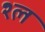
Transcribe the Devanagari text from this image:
श्‍ल